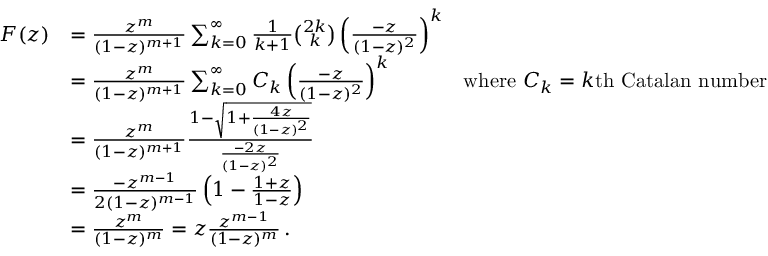
{ \begin{array} { r l r } { F ( z ) } & { = { \frac { z ^ { m } } { ( 1 - z ) ^ { m + 1 } } } \sum _ { k = 0 } ^ { \infty } { { \frac { 1 } { k + 1 } } { \binom { 2 k } { k } } \left( { \frac { - z } { ( 1 - z ) ^ { 2 } } } \right) ^ { k } } } \\ & { = { \frac { z ^ { m } } { ( 1 - z ) ^ { m + 1 } } } \sum _ { k = 0 } ^ { \infty } { C _ { k } \left( { \frac { - z } { ( 1 - z ) ^ { 2 } } } \right) ^ { k } } } & { { \mathrm { w h e r e ~ } } C _ { k } = k { \mathrm { t h ~ C a t a l a n ~ n u m b e r } } } \\ & { = { \frac { z ^ { m } } { ( 1 - z ) ^ { m + 1 } } } { \frac { 1 - { \sqrt { 1 + { \frac { 4 z } { ( 1 - z ) ^ { 2 } } } } } } { \frac { - 2 z } { ( 1 - z ) ^ { 2 } } } } } \\ & { = { \frac { - z ^ { m - 1 } } { 2 ( 1 - z ) ^ { m - 1 } } } \left( 1 - { \frac { 1 + z } { 1 - z } } \right) } \\ & { = { \frac { z ^ { m } } { ( 1 - z ) ^ { m } } } = z { \frac { z ^ { m - 1 } } { ( 1 - z ) ^ { m } } } \, . } \end{array} }